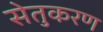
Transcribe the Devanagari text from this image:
सेतुकरण